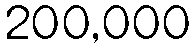
200,000